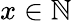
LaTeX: x\in\mathbb{N}